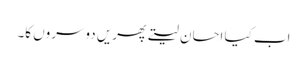
اب کیا احسان لیتے پھریں دوسروں کا۔